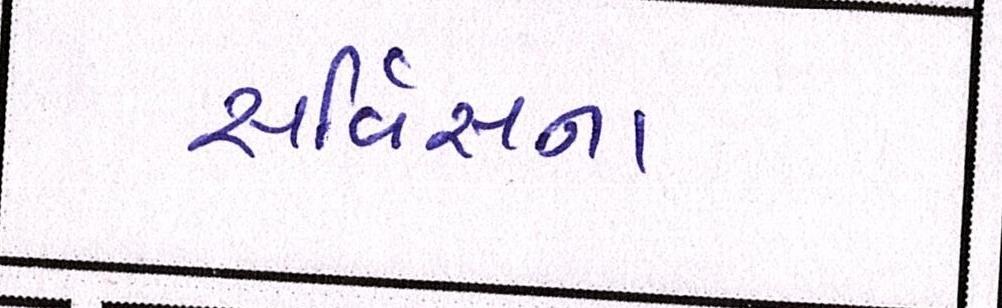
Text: સર્વિસના